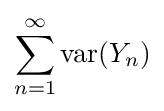
\sum _{n=1}^{\infty }\mathrm {var} (Y_{n})